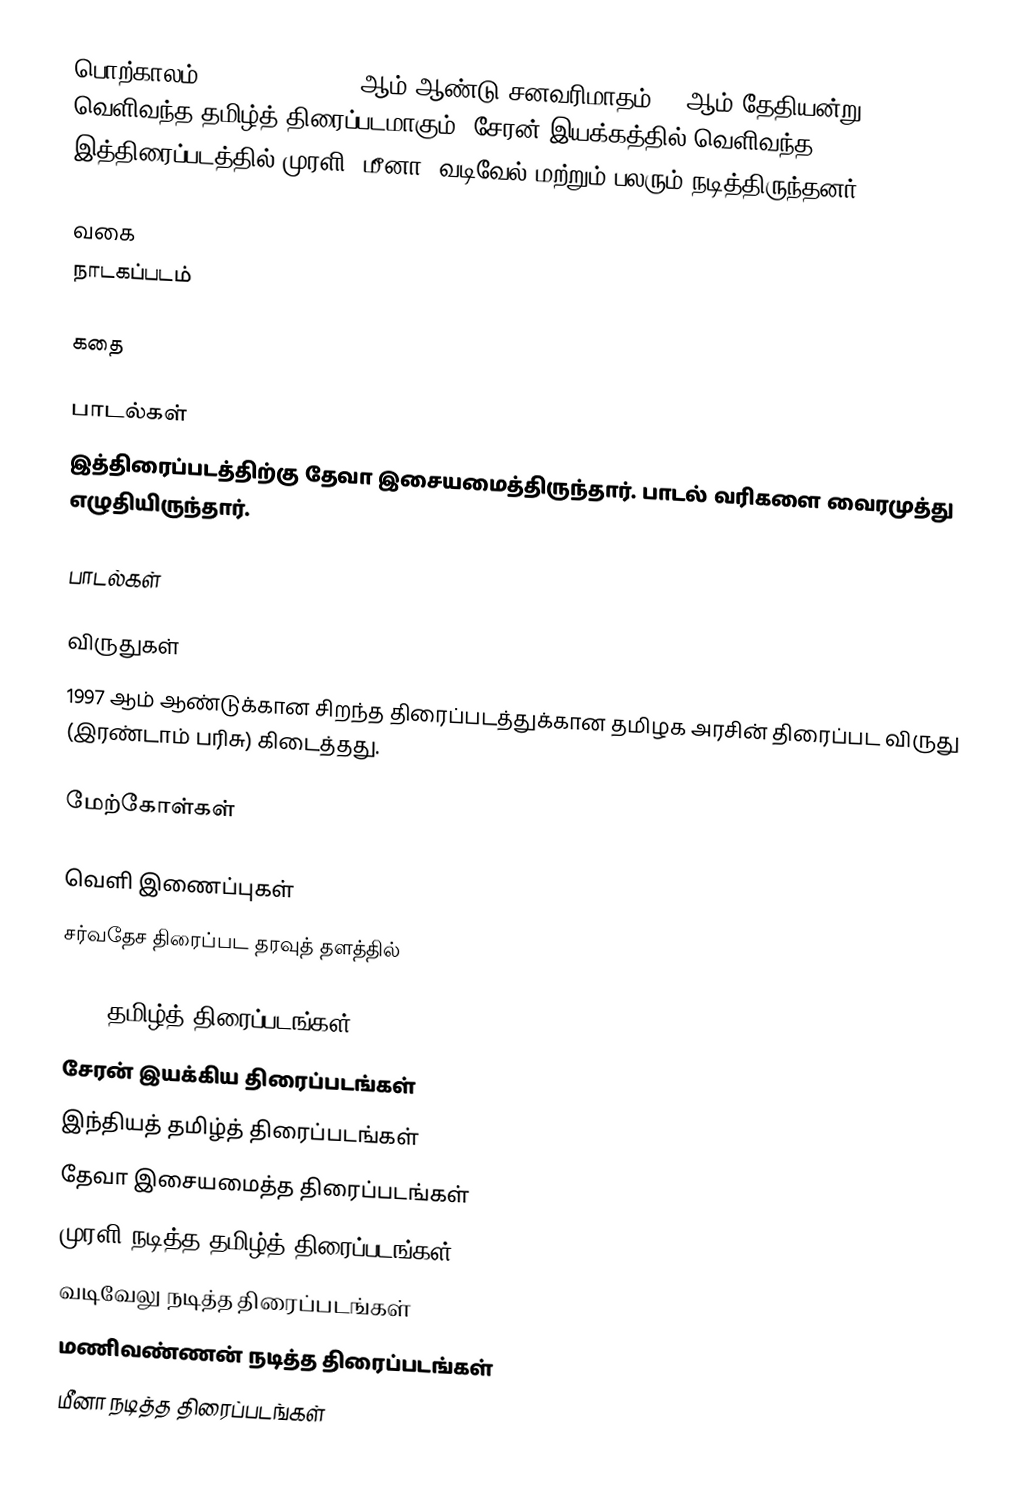
பொற்காலம் (Porkaalam) 1997 ஆம் ஆண்டு சனவரிமாதம் 15 ஆம் தேதியன்று வெளிவந்த தமிழ்த் திரைப்படமாகும். சேரன் இயக்கத்தில் வெளிவந்த இத்திரைப்படத்தில் முரளி, மீனா, வடிவேல் மற்றும் பலரும் நடித்திருந்தனர்.

வகை
நாடகப்படம்

கதை

பாடல்கள்
இத்திரைப்படத்திற்கு தேவா இசையமைத்திருந்தார். பாடல் வரிகளை வைரமுத்து எழுதியிருந்தார்.

பாடல்கள்

விருதுகள்
 1997 ஆம் ஆண்டுக்கான சிறந்த திரைப்படத்துக்கான தமிழக அரசின் திரைப்பட விருது (இரண்டாம் பரிசு) கிடைத்தது.

மேற்கோள்கள்

வெளி இணைப்புகள்
சர்வதேச திரைப்பட தரவுத் தளத்தில்

1997 தமிழ்த் திரைப்படங்கள்
சேரன் இயக்கிய திரைப்படங்கள்
இந்தியத் தமிழ்த் திரைப்படங்கள்
தேவா இசையமைத்த திரைப்படங்கள்
முரளி நடித்த தமிழ்த் திரைப்படங்கள்
வடிவேலு நடித்த திரைப்படங்கள்
மணிவண்ணன் நடித்த திரைப்படங்கள்
மீனா நடித்த திரைப்படங்கள்